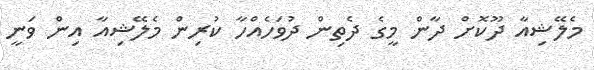
މެލޭޝިއާ ދޫކޮށް ދާން މީގެ ދެތިން ދުވަހެއްހާ ކުރިން މެލޭޝިއާ އިން ވަނީ